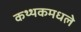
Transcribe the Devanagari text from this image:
कथ्थकमधले